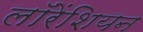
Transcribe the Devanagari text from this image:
लॉरेंशियन